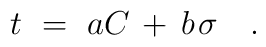
t~=~aC \, + \, b\;\!\sigma~~~.